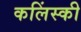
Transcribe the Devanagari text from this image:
कलिंस्की